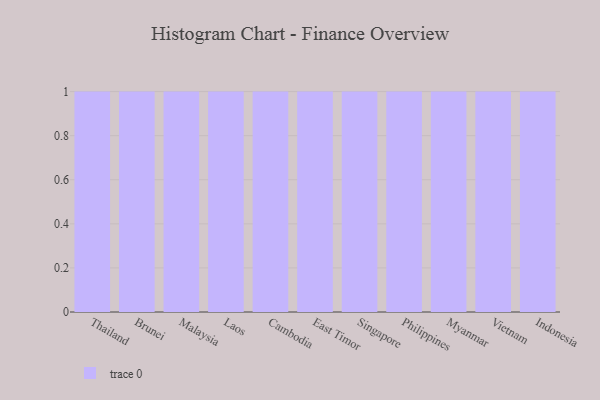
{"axis": {"x": "Country", "y": "Budget (USD K)"}, "legend": [""], "data": [{"x": "Thailand", "y": 54, "type": ""}, {"x": "Brunei", "y": 53, "type": ""}, {"x": "Malaysia", "y": 82, "type": ""}, {"x": "Laos", "y": 91, "type": ""}, {"x": "Cambodia", "y": 93, "type": ""}, {"x": "East Timor", "y": 61, "type": ""}, {"x": "Singapore", "y": 86, "type": ""}, {"x": "Philippines", "y": 14, "type": ""}, {"x": "Myanmar", "y": 82, "type": ""}, {"x": "Vietnam", "y": 88, "type": ""}, {"x": "Indonesia", "y": 55, "type": ""}]}